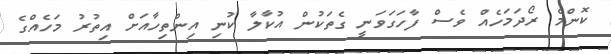
ކޮންމެ ރޯދަމަހެއް ވެސް ފާހަގަވަނީ ގެތަކުން އުކާލާ ކުނި އިންތިހާއަށް އިތުރު މަހެއްގެ